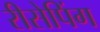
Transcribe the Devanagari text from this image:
रीसेपिंग